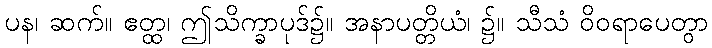
ပန၊ ဆက်။ ဧတ္ထ၊ ဤသိက္ခာပုဒ်၌။ အနာပတ္တိယံ၊ ၌။ သီသံ ဝိဝရာပေတွာ